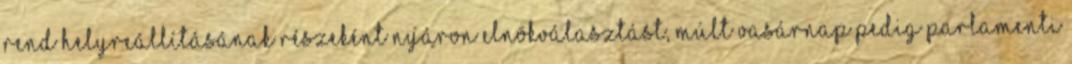
rend helyreállításának részeként nyáron elnökválasztást, múlt vasárnap pedig parlamenti